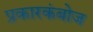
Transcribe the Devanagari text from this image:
प्रकारकंबोज